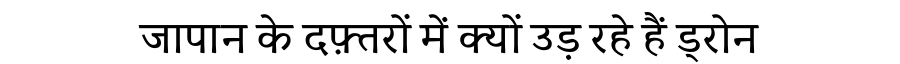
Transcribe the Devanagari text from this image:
जापान के दफ़्तरों में क्यों उड़ रहे हैं ड्रोन